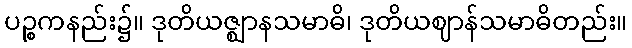
ပဉ္စကနည်း၌။ ဒုတိယဇ္ဈာနသမာဓိ၊ ဒုတိယဈာန်သမာဓိတည်း။